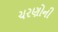
ચરણોની